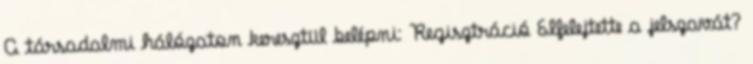
A társadalmi hálózaton keresztül belépni: Regisztráció Elfelejtette a jelszavát?